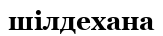
шілдехана